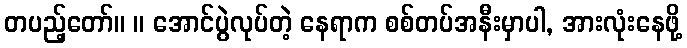
တပည့်တော်။ ။ အောင်ပွဲလုပ်တဲ့ နေရာက စစ်တပ်အနီးမှာပါ, အားလုံးနေဖို့